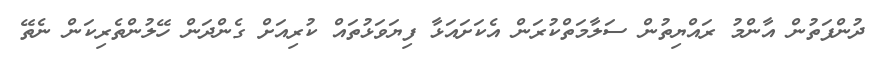
ދުންފަތުން އާންމު ރައްޔިތުން ސަލާމަތްކުރަން އެކަށައަޅާ ފިޔަވަޅުތައް ކުރިއަށް ގެންދަން ހޭލުންތެރިކަން ނެތޭ